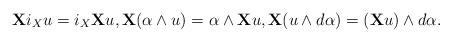
LaTeX: \begin{align*}{\bf X}i_{X} u=i_{X}{\bf X}u , {\bf X}(\alpha\wedge u)=\alpha\wedge {\bf X} u, {\bf X}(u\wedge d\alpha)=({\bf X}u)\wedge d\alpha.\end{align*}